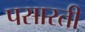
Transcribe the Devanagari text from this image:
पसारती